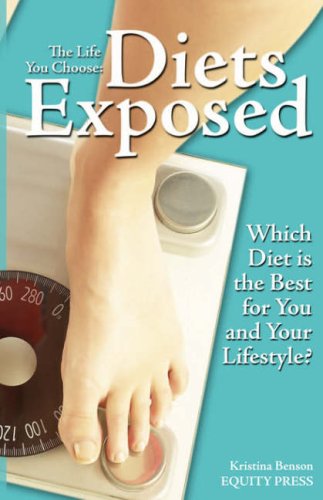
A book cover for South Beach, Atkins, Zone, Master Cleanse, Grapefruit Diets Exposed: Analysis of Popular Fad Diets Helps You Choose South Beach, Atkins, Zone, Mater Cleanse and more; Kristina Benson; Health, Fitness & Dieting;